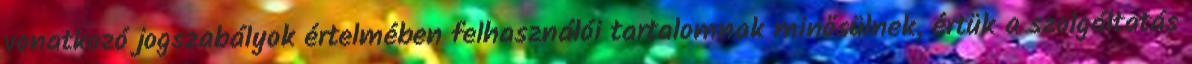
vonatkozó jogszabályok értelmében felhasználói tartalomnak minősülnek, értük a szolgáltatás